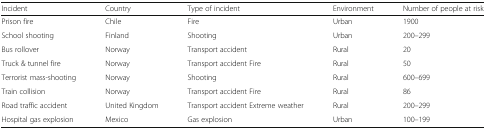
<table><thead><tr><td><b>Incident</b></td><td><b>Country</b></td><td><b>Type of incident</b></td><td><b>Environment</b></td><td><b>Number of people at risk</b></td></tr></thead><tbody><tr><td>Prison fire</td><td>Chile</td><td>Fire</td><td>Urban</td><td>1900</td></tr><tr><td>School shooting</td><td>Finland</td><td>Shooting</td><td>Urban</td><td>200–299</td></tr><tr><td>Bus rollover</td><td>Norway</td><td>Transport accident</td><td>Rural</td><td>20</td></tr><tr><td>Truck &amp; tunnel fire</td><td>Norway</td><td>Transport accident Fire</td><td>Rural</td><td>50</td></tr><tr><td>Terrorist mass-shooting</td><td>Norway</td><td>Shooting</td><td>Rural</td><td>600–699</td></tr><tr><td>Train collision</td><td>Norway</td><td>Transport accident Fire</td><td>Rural</td><td>86</td></tr><tr><td>Road traffic accident</td><td>United Kingdom</td><td>Transport accident Extreme weather</td><td>Rural</td><td>200–299</td></tr><tr><td>Hospital gas explosion</td><td>Mexico</td><td>Gas explosion</td><td>Urban</td><td>100–199</td></tr></tbody></table>